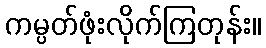
ကမ္ပတ်ဖုံးလိုက်ကြတုန်း။